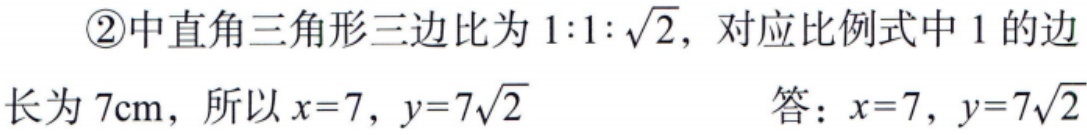
\textcircled{2}中直角三角形三边比为\(1:1:\sqrt{2}\)，对应比例式中\(1\)的边长为\(7\text{cm}\)，所以\(x = 7\)，\(y = 7\sqrt{2}\)
答：\(x = 7\)，\(y = 7\sqrt{2}\)